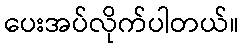
ပေးအပ်လိုက်ပါတယ်။